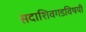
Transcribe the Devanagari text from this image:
सदाशिवगडविषयी